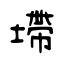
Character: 墆